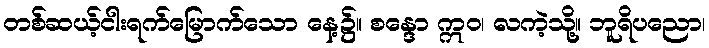
တစ်ဆယ့်ငါးရက်မြောက်သော နေ့၌။ စန္ဒော ဣဝ၊ လကဲ့သို့။ ဘူရိပညော၊